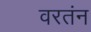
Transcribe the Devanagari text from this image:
वरतंन